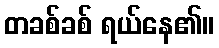
တခစ်ခစ် ရယ်နေ၏။